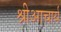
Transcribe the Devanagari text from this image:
श्रीआचार्य